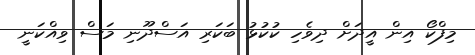
މިފްކޯ އިން އީދަށް ދިވެހި ކުކުޅު ބަކަރި އަސްދޫނި މަސް ވިއްކަނީ